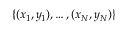
\{ ( x _ { 1 } , y _ { 1 } ) , \ldots , ( x _ { N } , y _ { N } ) \}